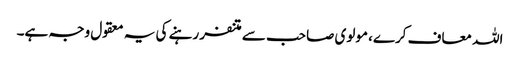
اللہ معاف کرے، مولوی صاحب سے متنفر رہنے کی یہ معقول وجہ ہے۔